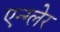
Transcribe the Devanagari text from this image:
एन्ग्लेर